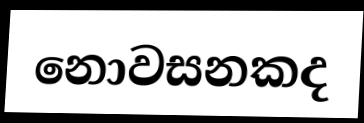
නොවසනකද